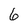
Character: 6